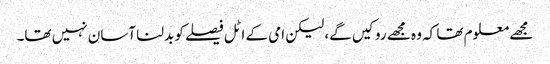
مجھے معلوم تھا کہ وہ مجھے روکیں گے، لیکن امی کے اٹل فیصلے کو بدلنا آسان نہیں تھا۔